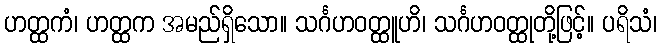
ဟတ္ထကံ၊ ဟတ္ထက အမည်ရှိသော။ သင်္ဂဟဝတ္ထူဟိ၊ သင်္ဂဟဝတ္ထုတို့ဖြင့်။ ပရိသံ၊